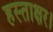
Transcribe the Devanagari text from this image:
हस्ताक्षर।